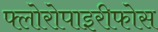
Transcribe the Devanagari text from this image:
फ्लोरोपाइरीफोस